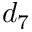
d _ { 7 }